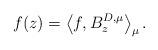
LaTeX: \begin{align*}f(z)=\left\langle f,B_z^{D,\mu}\right\rangle_{\mu}.\end{align*}